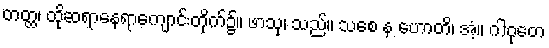
တတ္ထ၊ ထိုဆရာနေရာကျောင်းတိုက်၌။ ဖာသု၊ သည်။ သစေ န ဟောတိ၊ အံ့။ ဂါဝုတေ